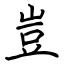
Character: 豈